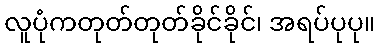
လူပုံကတုတ်တုတ်ခိုင်ခိုင်၊ အရပ်ပုပု။